Leaving Certificate Examination, 1924
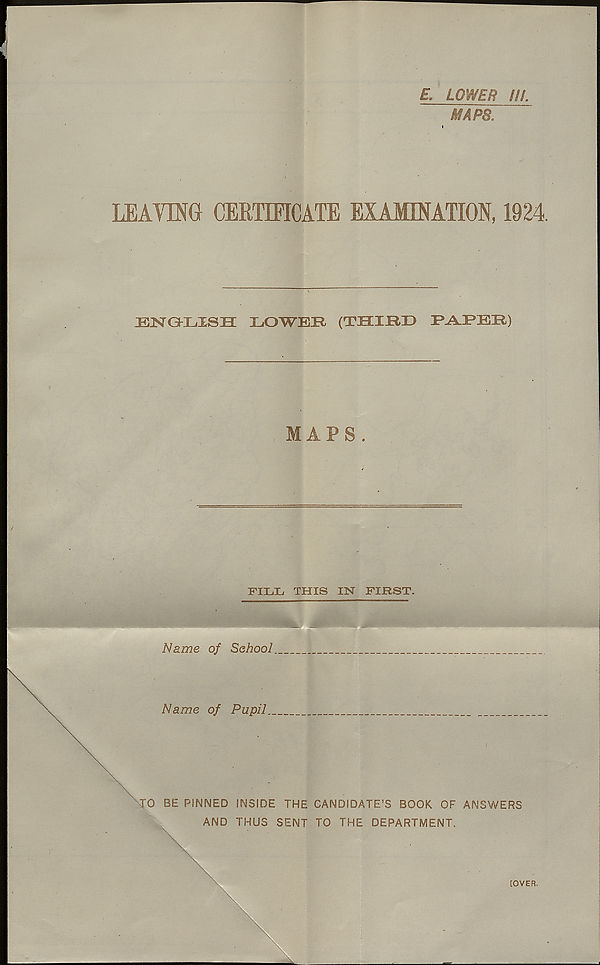
£. LOWER III.
MAPS.
LEAVING CERTIFICATE EXAMINATION, 1924.
ENGLISH LOWER (THIRD D-AJPBR)
MAPS .
FILL THIS IN FIRST.
Name of School.
Name of Pupil.
0 BE PiNNED INSIDE THE CANDIDATE’S BOOK OF ANSWERS
AND THUS SENT TO THE DEPARTMENT.
\
[OVER.